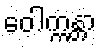
ဝေါက္ကန္တာ